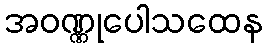
အဝဏ္ဏုပေါသထေန